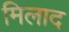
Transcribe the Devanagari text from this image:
मिलाद